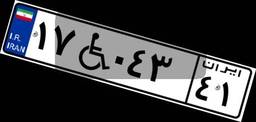
۱۸W۶۴۰۴۰